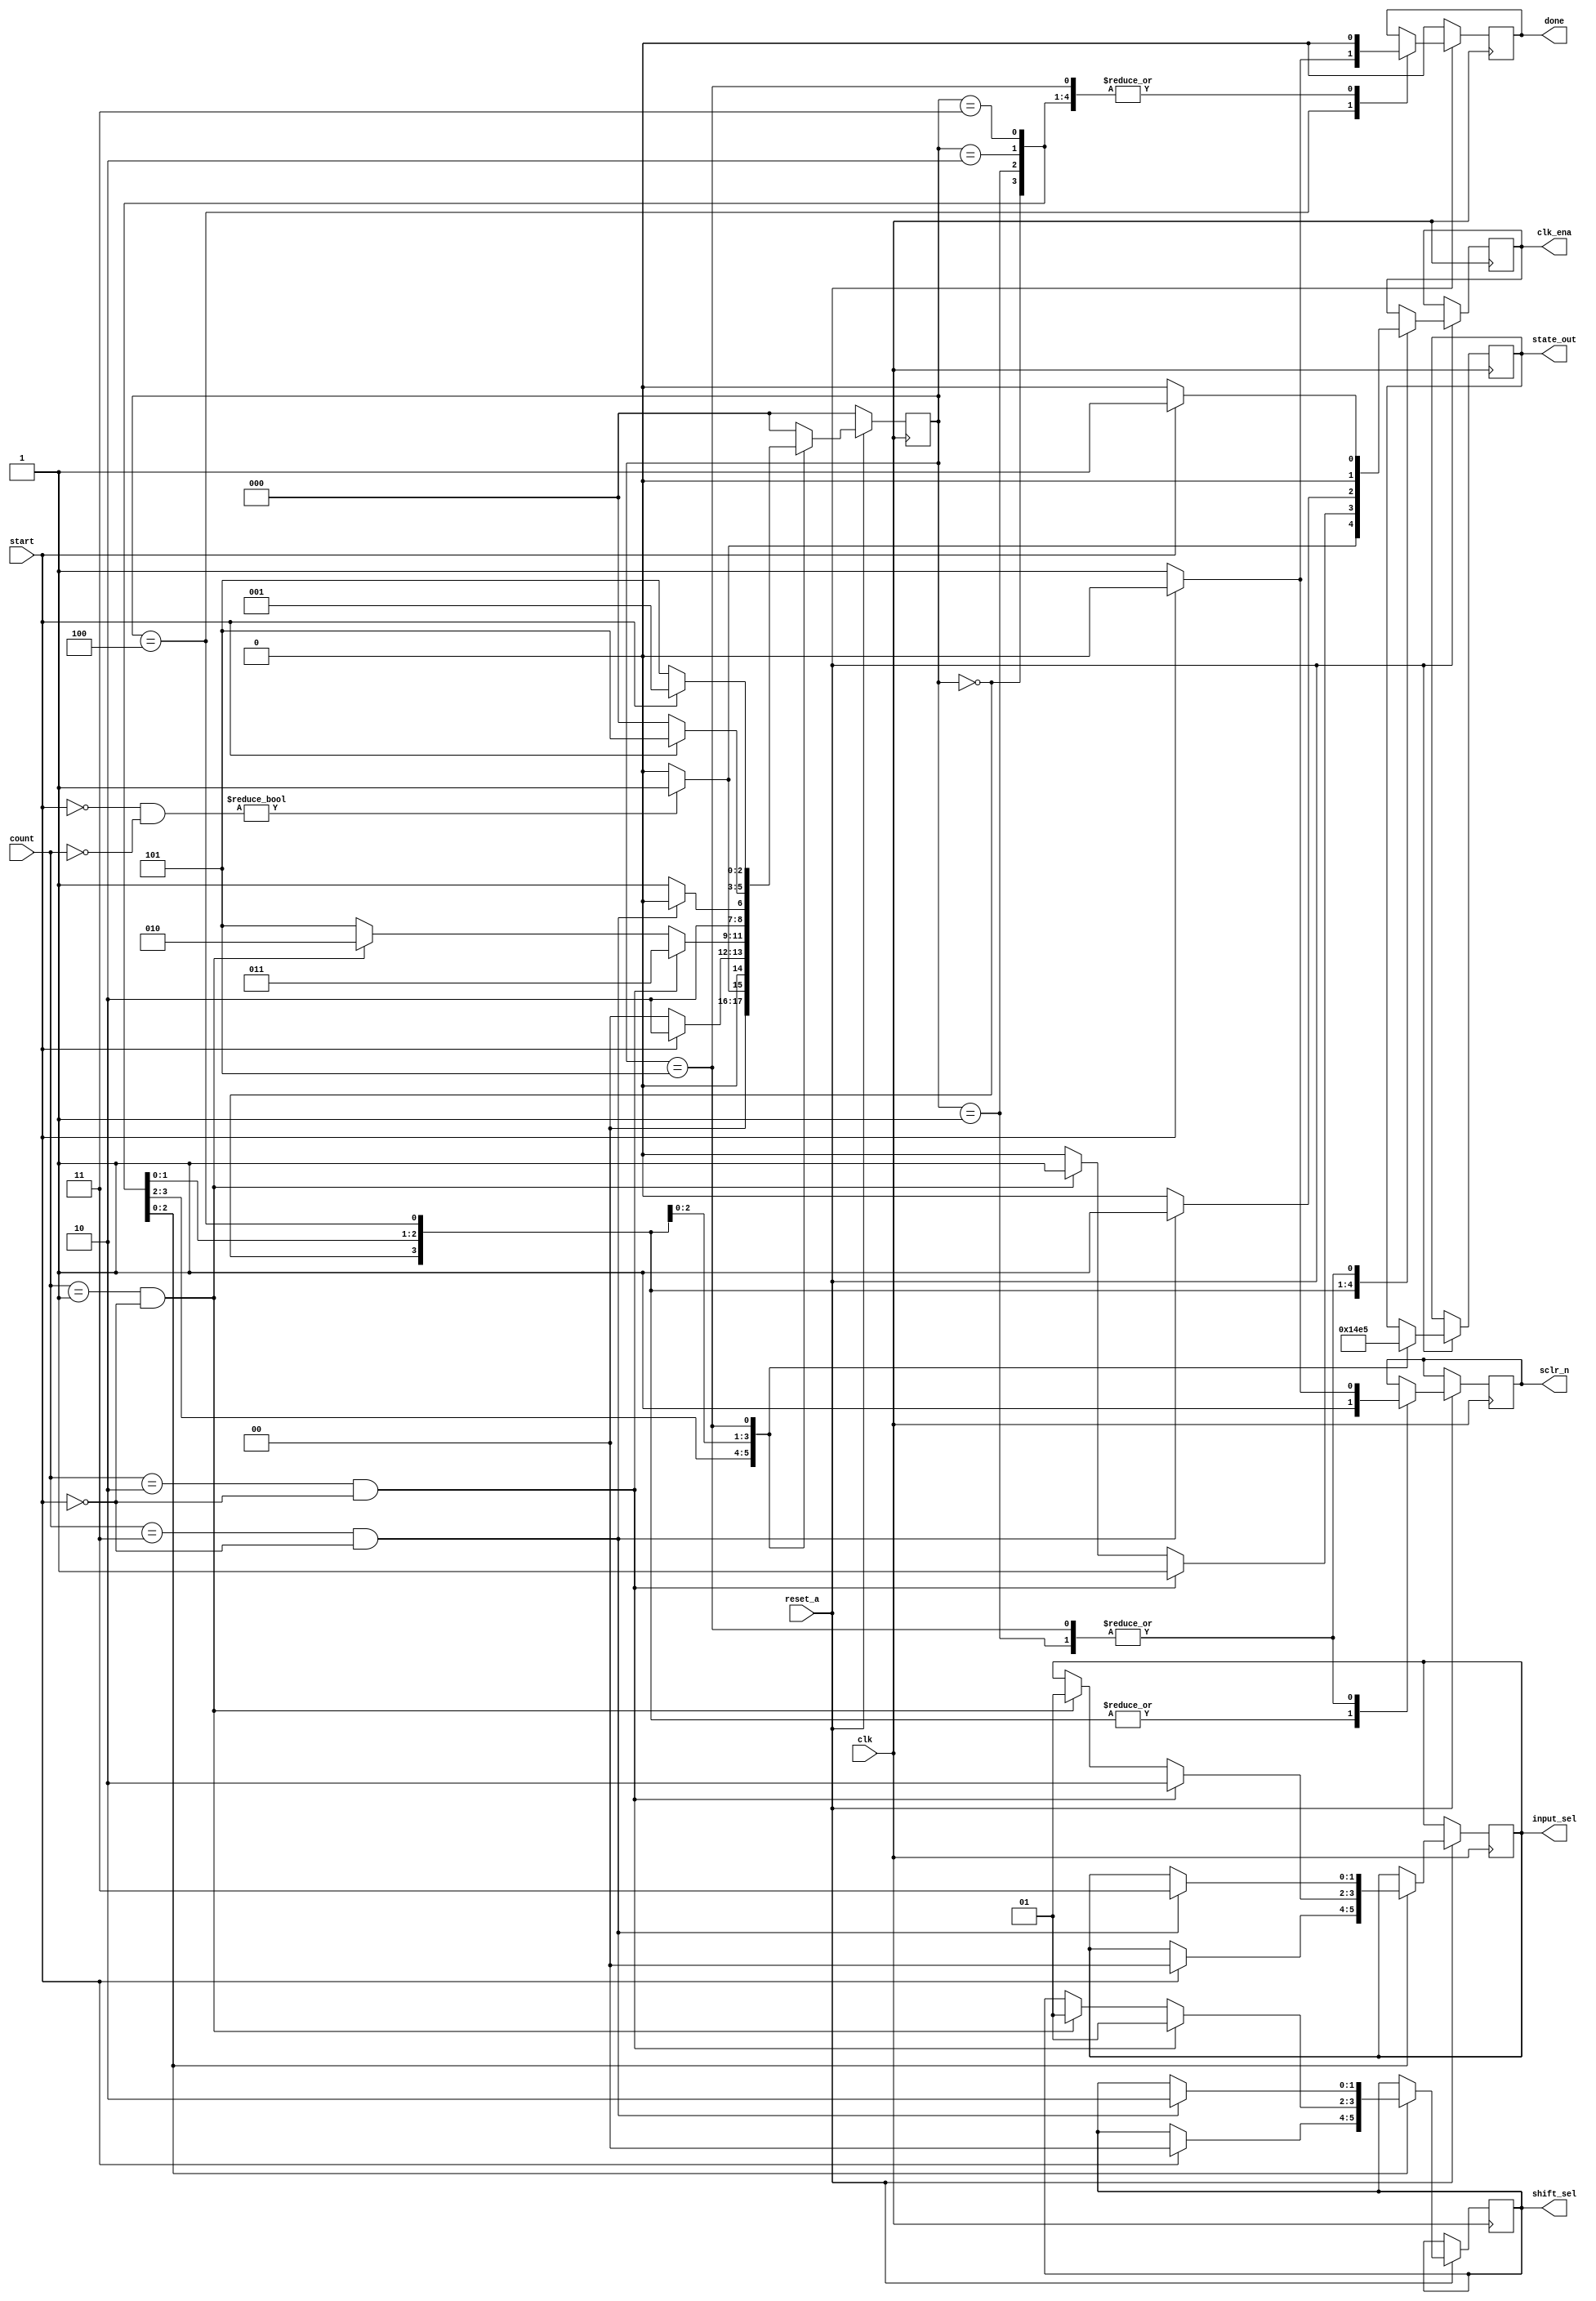
module mult_control (
    input clk, reset_a, start,
    input [1:0] count,
    output reg done, clk_ena, sclr_n,
    output reg [2:0] state_out,
    output reg [1:0] input_sel, shift_sel
);

    // Define states
    parameter IDLE = 3'b000, LSB = 3'b001, MID = 3'b010, MSB = 3'b011, CALC_DONE = 3'b100, ERR = 3'b101;

    reg [2:0] state;

    always @(posedge clk) begin
        if (~reset_a) begin
            state <= IDLE;
            done <= 0;

        end else begin
            case (state)
                IDLE: begin
                    if (~start & ~count) begin
                        state <= LSB;
                        clk_ena <= 1;
                    end else begin
                        state <= IDLE;
                        clk_ena <= 0;
                    end
			done <= 0;
                        sclr_n <= 1; 
			state_out <= IDLE;
                end

                LSB: begin
                    if (start) begin
                        state <= MID;
                        clk_ena <= 1;
                        sclr_n <= 0;
                        input_sel <= 2'b00;
                        shift_sel <= 2'b00;
                    end else begin
                        state <= IDLE;
                        clk_ena <= 0;
                        sclr_n <= 1;
                    end
			done <= 0;
			state_out <= LSB;
                end

                MID: begin
                    if (count == 2'b10 & ~start) begin
                        state <= MSB;
                        clk_ena <= 1;
                        input_sel <= 2'b10;
                        shift_sel <= 2'b01;
                    end else if (count == 2'b01 & ~start) begin
                        state <= MID;
                        clk_ena <= 1;
                        input_sel <= 2'b01;
                        shift_sel <= 2'b01;
                    end else begin
                        state <= ERR;
                        clk_ena <= 0;
                    end
                        done <= 0;
                        sclr_n <= 1;
			state_out <= MID;
                end

                MSB: begin
                    if(count == 2'b11 & ~start) begin
                        state <= CALC_DONE;
                        clk_ena <= 1;
                        input_sel <= 2'b11;
                        shift_sel <= 2'b10;
                    end else begin
                        state <= ERR;
                        clk_ena <= 0;
                    end
                        done <= 0;
                        sclr_n <= 1;
			state_out <= MSB;
                end

                CALC_DONE: begin
                    if(~start) begin
                        state <= IDLE;
                        done <= 1;
                    end else if (start) begin
                        state <= ERR;
                        done <= 0;
                    end
                        clk_ena <= 0;
                        sclr_n <= 1;
			state_out <= CALC_DONE;
                end

                ERR: begin
                    if(~start) begin
                        state <= ERR;
                        clk_ena <= 0;
                        sclr_n <= 1;
                    end else if (start) begin
                        state <= LSB;
                        clk_ena <= 1;
                        sclr_n <= 0;
                    end
                        done <= 0;
			state_out <= ERR;
                end

                default: state <= IDLE;

            endcase
        end
    end
endmodule

// testbench
module mult_control_Test;

    // Inputs
    reg clk;
    reg reset_a;
    reg start;
    reg [1:0] count;

    // Outputs
    wire done;
    wire clk_ena;
    wire sclr_n;
    wire [2:0] state_out;
    wire [1:0] input_sel;
    wire [1:0] shift_sel;

    // Instantiate the Unit Under Test (UUT)
    mult_control uut (
        .clk(clk), 
        .reset_a(reset_a), 
        .start(start), 
        .count(count), 
        .done(done), 
        .clk_ena(clk_ena), 
        .sclr_n(sclr_n), 
        .state_out(state_out), 
        .input_sel(input_sel), 
        .shift_sel(shift_sel)
    );

    initial begin
        // Initialize Inputs
        clk = 0;
        reset_a = 0;
        start = 0;
        count = 0;

        // Wait for 100 ns for global reset to finish
        #100;
        
        // De-assert reset
        reset_a = 1;
        #100;

        // Assert start and provide count
        start = 1;
        count = 2'b10;
        #100;

        // De-assert start
        start = 0;
        #100;

        // Assert start and provide count
        start = 1;
        count = 2'b11;
        #100;

        // De-assert start
        start = 0;
        #100;

        // Assert start and provide count
        start = 1;
        count = 2'b01;
        #100;

        // De-assert start
        start = 0;
        #100;

        // Assert start and provide count
        start = 1;
        count = 2'b00;
        #100;

        // De-assert start
        start = 0;
        #100;

        // Finish the simulation
        $finish;
    end

    always #10 clk = ~clk;

endmodule